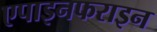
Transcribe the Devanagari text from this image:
एपाइनफराइन